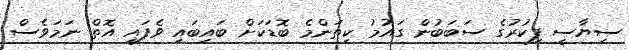
ސިޔާސީ ފިކުރުގެ ސަބަބުން ގައުމު ކިތަންމެ ބޮޑަކަށް ބައިބައި ވެފައި އޮތް ނަމަވެސް